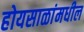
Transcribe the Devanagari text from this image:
होयसाळांमधील